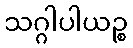
သဂ္ဂါပါယဉ္စ